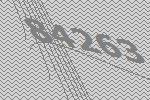
84263